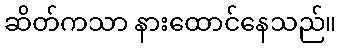
ဆိတ်ကသာ နားထောင်နေသည်။